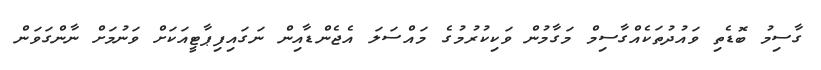
ގާސިމު ބޮޑެތި ވައުދުތަކެއްގާސިމް މަގާމުން ވަކިކުރުމުގެ މައްސަލަ އެޖެންޑާއިން ނަގައިފިޕާޓީއަކަށް ވަނުމަށް ނާންގަވަން